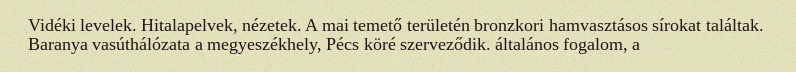
Vidéki levelek. Hitalapelvek, nézetek. A mai temető területén bronzkori hamvasztásos sírokat találtak. Baranya vasúthálózata a megyeszékhely, Pécs köré szerveződik. általános fogalom, a